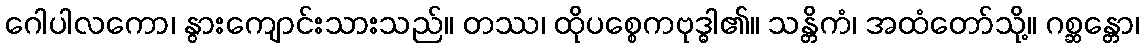
ဂေါပါလကော၊ နွားကျောင်းသားသည်။ တဿ၊ ထိုပစ္စေကဗုဒ္ဓါ၏။ သန္တိကံ၊ အထံတော်သို့။ ဂစ္ဆန္တော၊